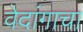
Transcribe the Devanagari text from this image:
वेदांगाचा